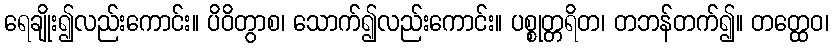
ရေချိုး၍လည်းကောင်း။ ပိဝိတွာစ၊ သောက်၍လည်းကောင်း။ ပစ္စုတ္တရိတ၊ တဘန်တက်၍။ တတ္ထေဝ၊